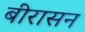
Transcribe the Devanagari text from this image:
बीरासन